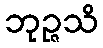
ဘုဉ္ဇသိ